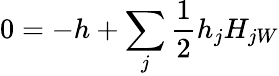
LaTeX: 0=-h+\sum_{j}\frac{1}{2}h_{j}H_{jW}